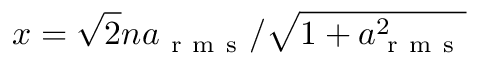
x = \sqrt { 2 } n a _ { \mathrm { ~ r ~ m ~ s ~ } } / \sqrt { 1 + a _ { \mathrm { ~ r ~ m ~ s ~ } } ^ { 2 } }